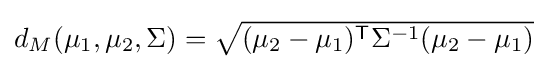
{\textstyle d_{M}(\mu _{1},\mu _{2},\Sigma )={\sqrt {(\mu _{2}-\mu _{1})^{\mathsf {T}}\Sigma ^{-1}(\mu _{2}-\mu _{1})}}}